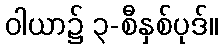
ဝါယာ၌ ၃-စီနှစ်ပုဒ်။